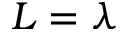
L = \lambda